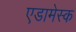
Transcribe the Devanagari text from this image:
एडामेस्क